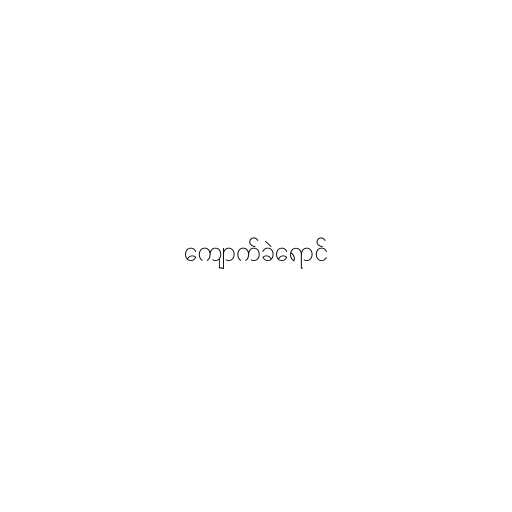
ကျောက်ခဲရောင်